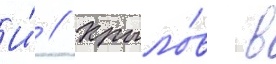
И́ // Крыло́в в